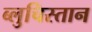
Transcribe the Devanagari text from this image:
ब्लुचिस्तान